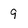
Character: 9